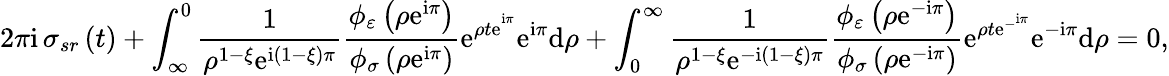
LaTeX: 2\pi\mathrm{i\, }\sigma_{sr}\left(t\right)+\int_{\infty}^{0}\frac{1}{\rho^{1-\xi}\mathrm{e}^{\mathrm{i}\left(1-\xi\right)\pi}}\frac{\phi_{\varepsilon}\left(\rho\mathrm{e}^{\mathrm{i}\pi}\right)}{\phi_{\sigma}\left(\rho\mathrm{e}^{\mathrm{i}\pi}\right)}\mathrm{e}^{\rho t\mathrm{e}^{^{\mathrm{i}\pi}}}\mathrm{e}^{\mathrm{i}\pi}\mathrm{d}\rho+\int_{0}^{\infty}\frac{1}{\rho^{1-\xi}\mathrm{e}^{-\mathrm{i}\left(1-\xi\right)\pi}}\frac{\phi_{\varepsilon}\left(\rho\mathrm{e}^{-\mathrm{i}\pi}\right)}{\phi_{\sigma}\left(\rho\mathrm{e}^{-\mathrm{i}\pi}\right)}\mathrm{e}^{\rho t\mathrm{e}^{-^{\mathrm{i}\pi}}}\mathrm{e}^{-\mathrm{i}\pi}\mathrm{d}\rho=0,